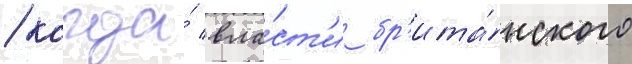
/ когда́ вла́ст'и бр'ита́нского